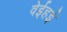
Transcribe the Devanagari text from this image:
वेईहई